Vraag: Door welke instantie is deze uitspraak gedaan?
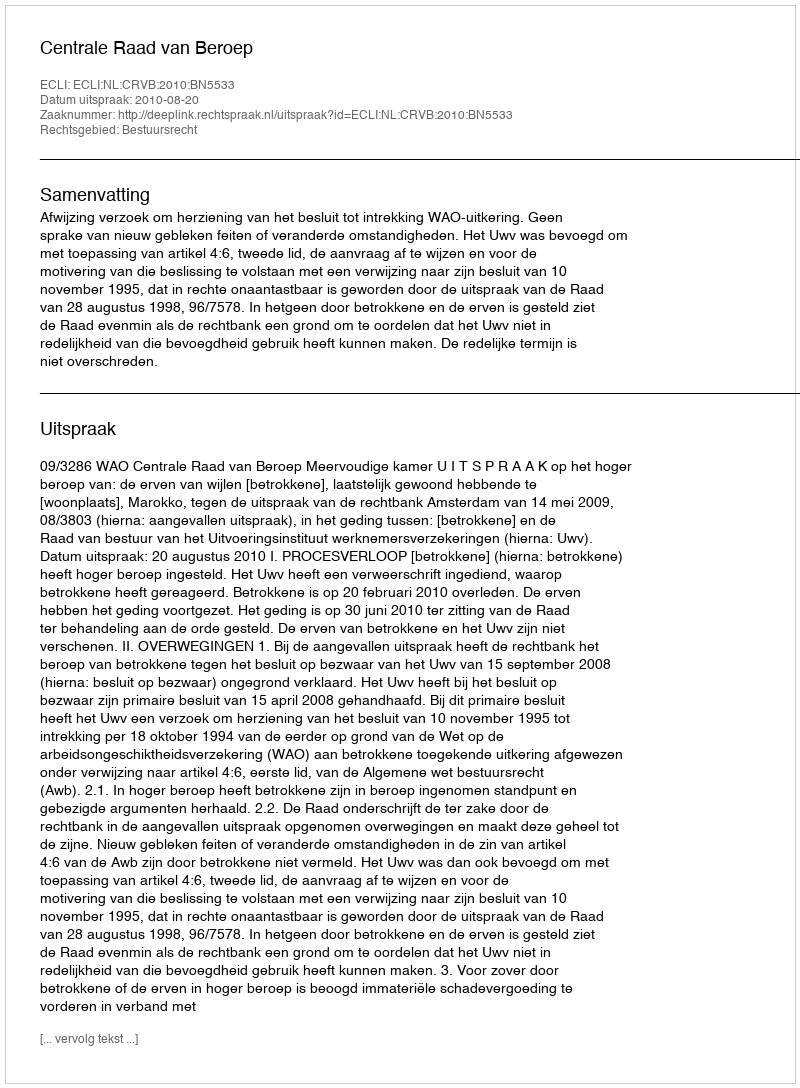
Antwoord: Centrale Raad van Beroep